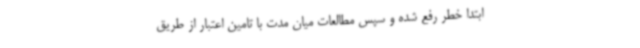
ابتدا خطر رفع شده و سپس مطالعات میان مدت با تامین اعتبار از طریق